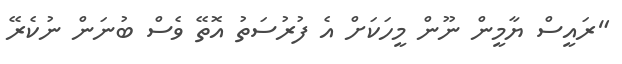
"ރައީސް ޔާމީން ނޫން މީހަކަށް އެ ފުރުސަތު އޮތޭ ވެސް ބުނަން ނުކެރޭ